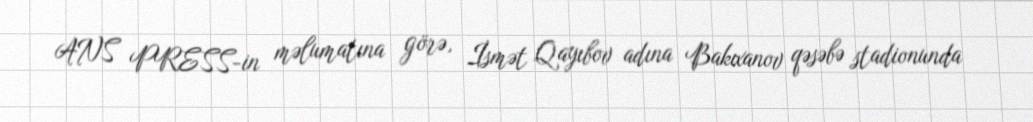
ANS PRESS-in məlumatına görə, İsmət Qayıbov adına Bakıxanov qəsəbə stadionunda